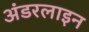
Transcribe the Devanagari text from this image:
अंडरलाइन